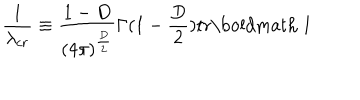
\frac { 1 } { \lambda _ { c r } } \equiv \frac { 1 - D } { ( 4 \pi ) ^ { \frac { D } { 2 } } } \Gamma ( 1 - \frac { D } { 2 } ) \mathrm { t r } \mathrm { \boldmath ~ 1 ~ }